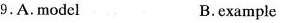
9.A.Model B.example